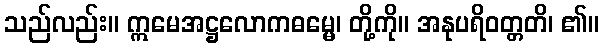
သည်လည်း။ ဣမေအဋ္ဌလောကဓမ္မေ၊ တို့ကို။ အနုပရိဝတ္တတိ၊ ၏။